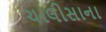
ચાલીસાના